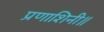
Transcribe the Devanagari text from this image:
प्रणाशिनी॥